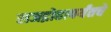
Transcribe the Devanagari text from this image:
राजद्रोहापर्यंतचे